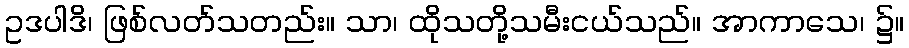
ဥဒပါဒိ၊ ဖြစ်လတ်သတည်း။ သာ၊ ထိုသတို့သမီးငယ်သည်။ အာကာသေ၊ ၌။